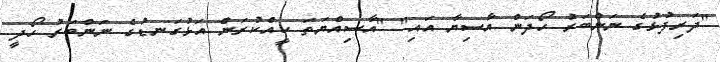
"ދަރިފުޅުގެ ނަންބަރު ހޯދަން އާސިޔާ އައި" "އާސިއްޔަތަ ކީއްކުރަން އަޅުގަނޑުގެ ނަންބަރު ހޯދީ